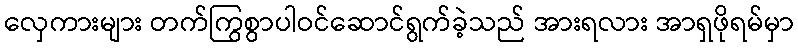
လှေကားများ တက်ကြွစွာပါဝင်ဆောင်ရွက်ခဲ့သည် အားရလား အာရှဖိုရမ်မှာ